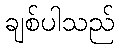
ချစ်ပါသည်